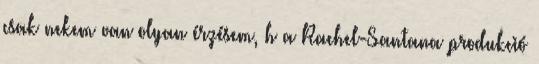
csak nekem van olyan érzésem, h a Rachel-Santana produkció